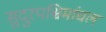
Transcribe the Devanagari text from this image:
सुदुरपश्चिमांचल